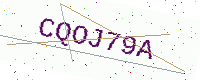
Text: CQOJ79A